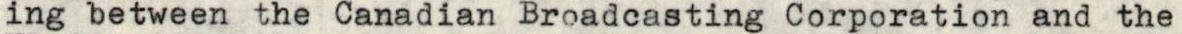
ing between the Canadian Broadcasting Corporation and the